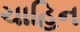
ચાહિન